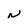
Character: N